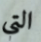
التي